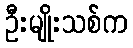
ဦးမျိုးသစ်က